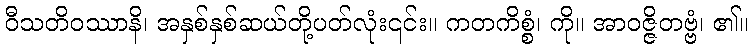
ဝီသတိဝဿာနိ၊ အနှစ်နှစ်ဆယ်တို့ပတ်လုံး၎င်း။ ကတကိစ္စံ၊ ကို။ အာဝဇ္ဇိတဗ္ဗံ၊ ၏။